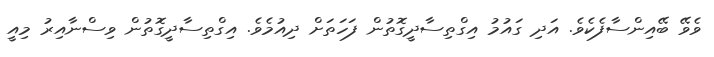
ވެވޭ ބޭއިންސާފެކެވެ. އަދި ގައުމު އިގްތިސާދީގޮތުން ފަހަތަށް ދިއުމެވެ. އިގްތިސާދީގޮތުން ވިސްނާއިރު މިއީ